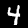
Label: 4